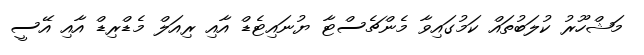
މަޝްހޫރު ކުލަބުތައް ކަމުގައިވާ މެންޗެސްޓާ ޔުނައިޓެޑް އާއި ރިއަލް މެޑްރިޑް އާއި އޭސީ